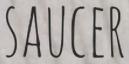
SAUCER